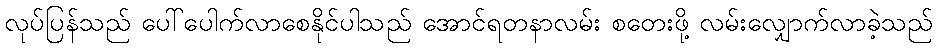
လုပ်ပြန်သည် ပေါ်ပေါက်လာစေနိုင်ပါသည် အောင်ရတနာလမ်း စတေးဖို့ လမ်းလျှောက်လာခဲ့သည်